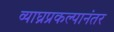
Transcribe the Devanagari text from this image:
व्याघ्रप्रकल्पानंतर